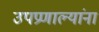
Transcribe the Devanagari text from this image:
उपप्रणाल्यांना